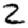
Digit: 2